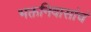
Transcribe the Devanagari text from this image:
भक्तनिवासांचं